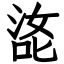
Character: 㖳